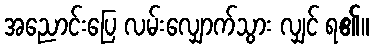
အညောင်းပြေ လမ်းလျှောက်သွား လျှင် ရ၏။